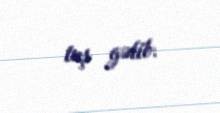
tuş gəlib.